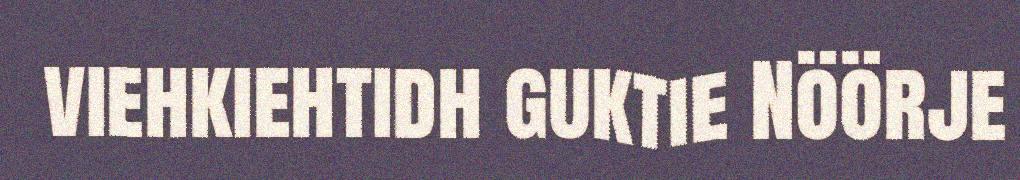
viehkiehtidh guktie Nöörje